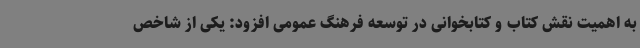
به اهمیت نقش کتاب و کتابخوانی در توسعه فرهنگ عمومی افزود: یکی از شاخص